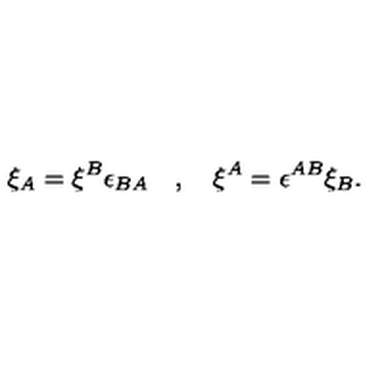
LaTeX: \xi _ { A } = \xi ^ { B } \epsilon _ { B A } \quad , \quad \xi ^ { A } = \epsilon ^ { A B } \xi _ { B } .